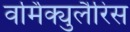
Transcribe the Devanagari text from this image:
वर्मिक्युलैरिस